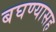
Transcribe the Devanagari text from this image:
बघण्यासह